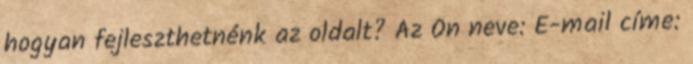
hogyan fejleszthetnénk az oldalt? Az Ön neve: E-mail címe: